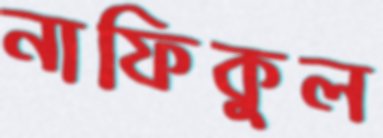
নাফিকুল